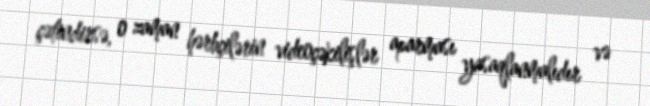
çətindirsə, o zaman hərbçilərin videoçəkilişlər aparması yasaqlanmalıdır və